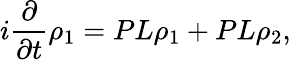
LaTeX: i{\frac{\partial}{\partial t}}\rho_{1}=PL\rho_{1}+PL\rho_{2},